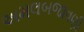
અમલબજાવણી